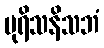
ပုရိသနိသဘံ